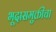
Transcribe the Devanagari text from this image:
भूदासमुक्तीचा